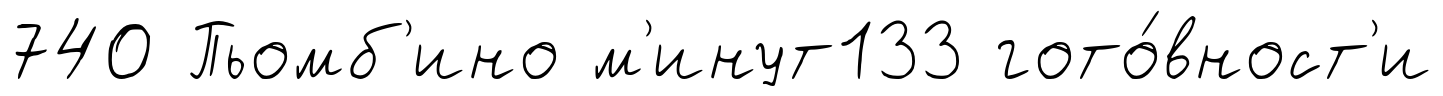
740 Пьомб'ино м'инут133 гото́вност'и